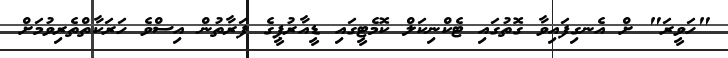
"ހަވީރަ" ށް އެނގިފައިވާ ގޮތުގައި ޓެކްނިކަލް ކޮމެޓީގައި ޑީއާރުޕީގެ ފަރާތުން އިސްވެ ހަރަކާތްތެރިވުމަށް